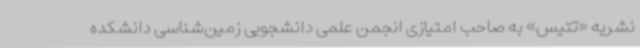
نشریه «تتیس» به صاحب امتیازی انجمن علمی دانشجویی زمین‌شناسی دانشکده